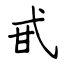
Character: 甙